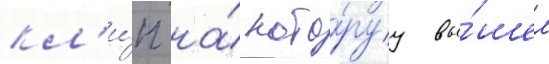
кл'и́п на́ кото́руу вы́шел